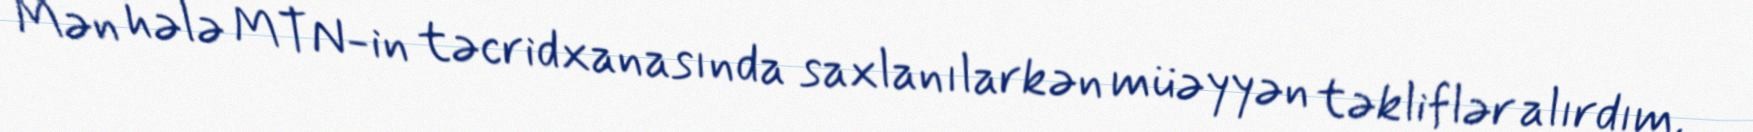
Mən hələ MTN-in təcridxanasında saxlanılarkən müəyyən təkliflər alırdım,